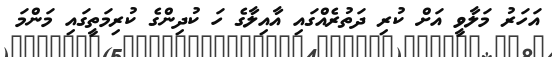
އަހަރު މަލާވީ އަށް ކުރި ދަތުރެއްގައި އާއިލާގެ ހަ ކުދިންގެ ކުރިމަތީގައި މަންމަ